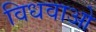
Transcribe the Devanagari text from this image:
विधवाओ